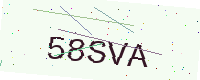
Text: 58SVA